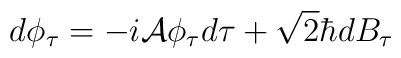
d\phi_{\tau}=-i{\cal A}\phi_{\tau}d\tau +\sqrt{2}\hbar dB_{\tau}